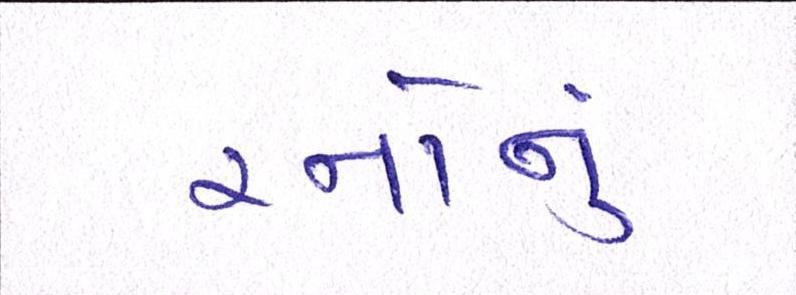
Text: રનોનું